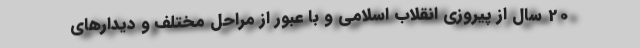
20 سال از پیروزی انقلاب اسلامی و با عبور از مراحل مختلف و دیدارهای